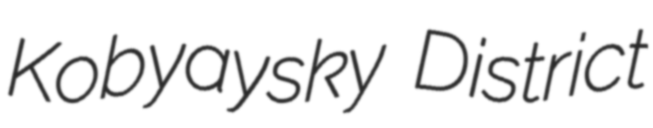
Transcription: Kobyaysky District